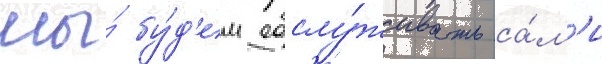
мы́ бу́д'ем обслу́живать са́м'и